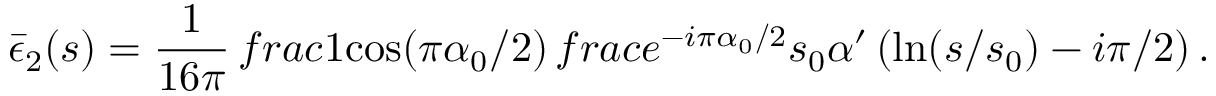
\bar { \epsilon } _ { 2 } ( s ) = \frac { 1 } { 1 6 \pi } \, f r a c { 1 } { \cos ( \pi \alpha _ { 0 } / 2 ) } \, f r a c { e ^ { - i \pi \alpha _ { 0 } / 2 } } { s _ { 0 } \alpha ^ { \prime } \left( \ln ( s / s _ { 0 } ) - i \pi / 2 \right) } \, .